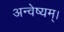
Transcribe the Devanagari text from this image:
अन्वेष्यम्।